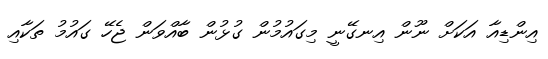
އިންޑިއާ އަކަށް ނޫން އިނގޭނީ މިގައުމުން ގުޅުން ބާއްވަން ޖެހޭ ގައުމު ތަކާއި